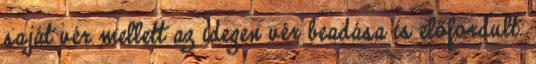
saját vér mellett az idegen vér beadása is előfordult.